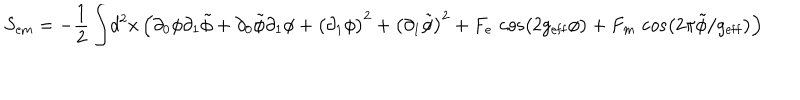
S _ { \mathrm { e m } } = - { \frac { 1 } { 2 } } \int \! d ^ { 2 } x \, \Bigl ( \partial _ { 0 } \phi \partial _ { 1 } \tilde { \phi } + \partial _ { 0 } \tilde { \phi } \partial _ { 1 } \phi + \bigl ( \partial _ { 1 } \phi \bigr ) ^ { 2 } + \bigl ( \partial _ { 1 } \tilde { \phi } \bigr ) ^ { 2 } + F _ { e } \, \cos \bigl ( 2 g _ { \mathrm { e f f } } \phi \bigr ) + F _ { m } \, \cos \bigl ( 2 \pi \tilde { \phi } / g _ { \mathrm { e f f } } \bigr ) \Bigr )